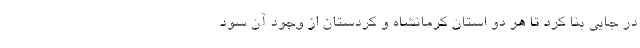
در جایی بنا کرد تا هر دو استان کرمانشاه و کردستان از وجود آن سود